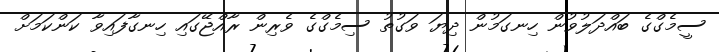
ސީމެގްގެ ބައްދަލުވުން ހިނގަމުން ދިޔަ ވަގުތު ސިމެގްގެ ވެރިން ރާއްޖޭގައި ހިނގާފައިވާ ކަންކަމަށް